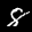
Label: 8